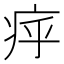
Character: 𤵡